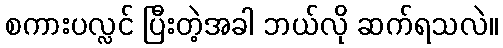
စကားပလ္လင် ပြီးတဲ့အခါ ဘယ်လို ဆက်ရသလဲ။